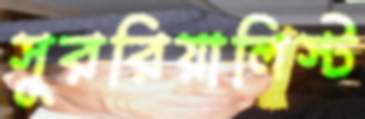
সুররিয়ালিস্ট